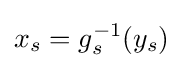
x_{s}=g_{s}^{-1}(y_{s})